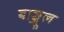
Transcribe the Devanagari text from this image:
बाञ्जुल